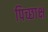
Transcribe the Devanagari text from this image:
पिच्छाक्ष